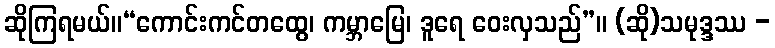
ဆိုကြရမယ်။“ကောင်းကင်တထွေ၊ ကမ္ဘာမြေ၊ ဒူရေ ဝေးလှသည်”။ (ဆို)သမုဒ္ဒဿ -